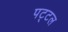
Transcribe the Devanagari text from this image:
पट्टल